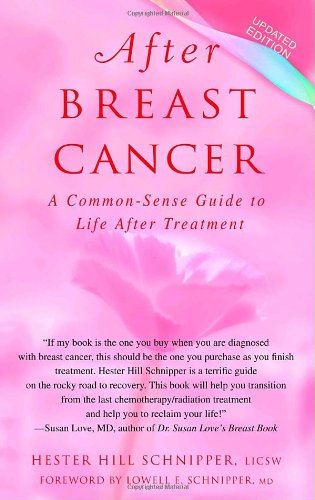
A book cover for After Breast Cancer: A Common-Sense Guide to Life After Treatment; Hester Hill Schnipper LICSW; Health, Fitness & Dieting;